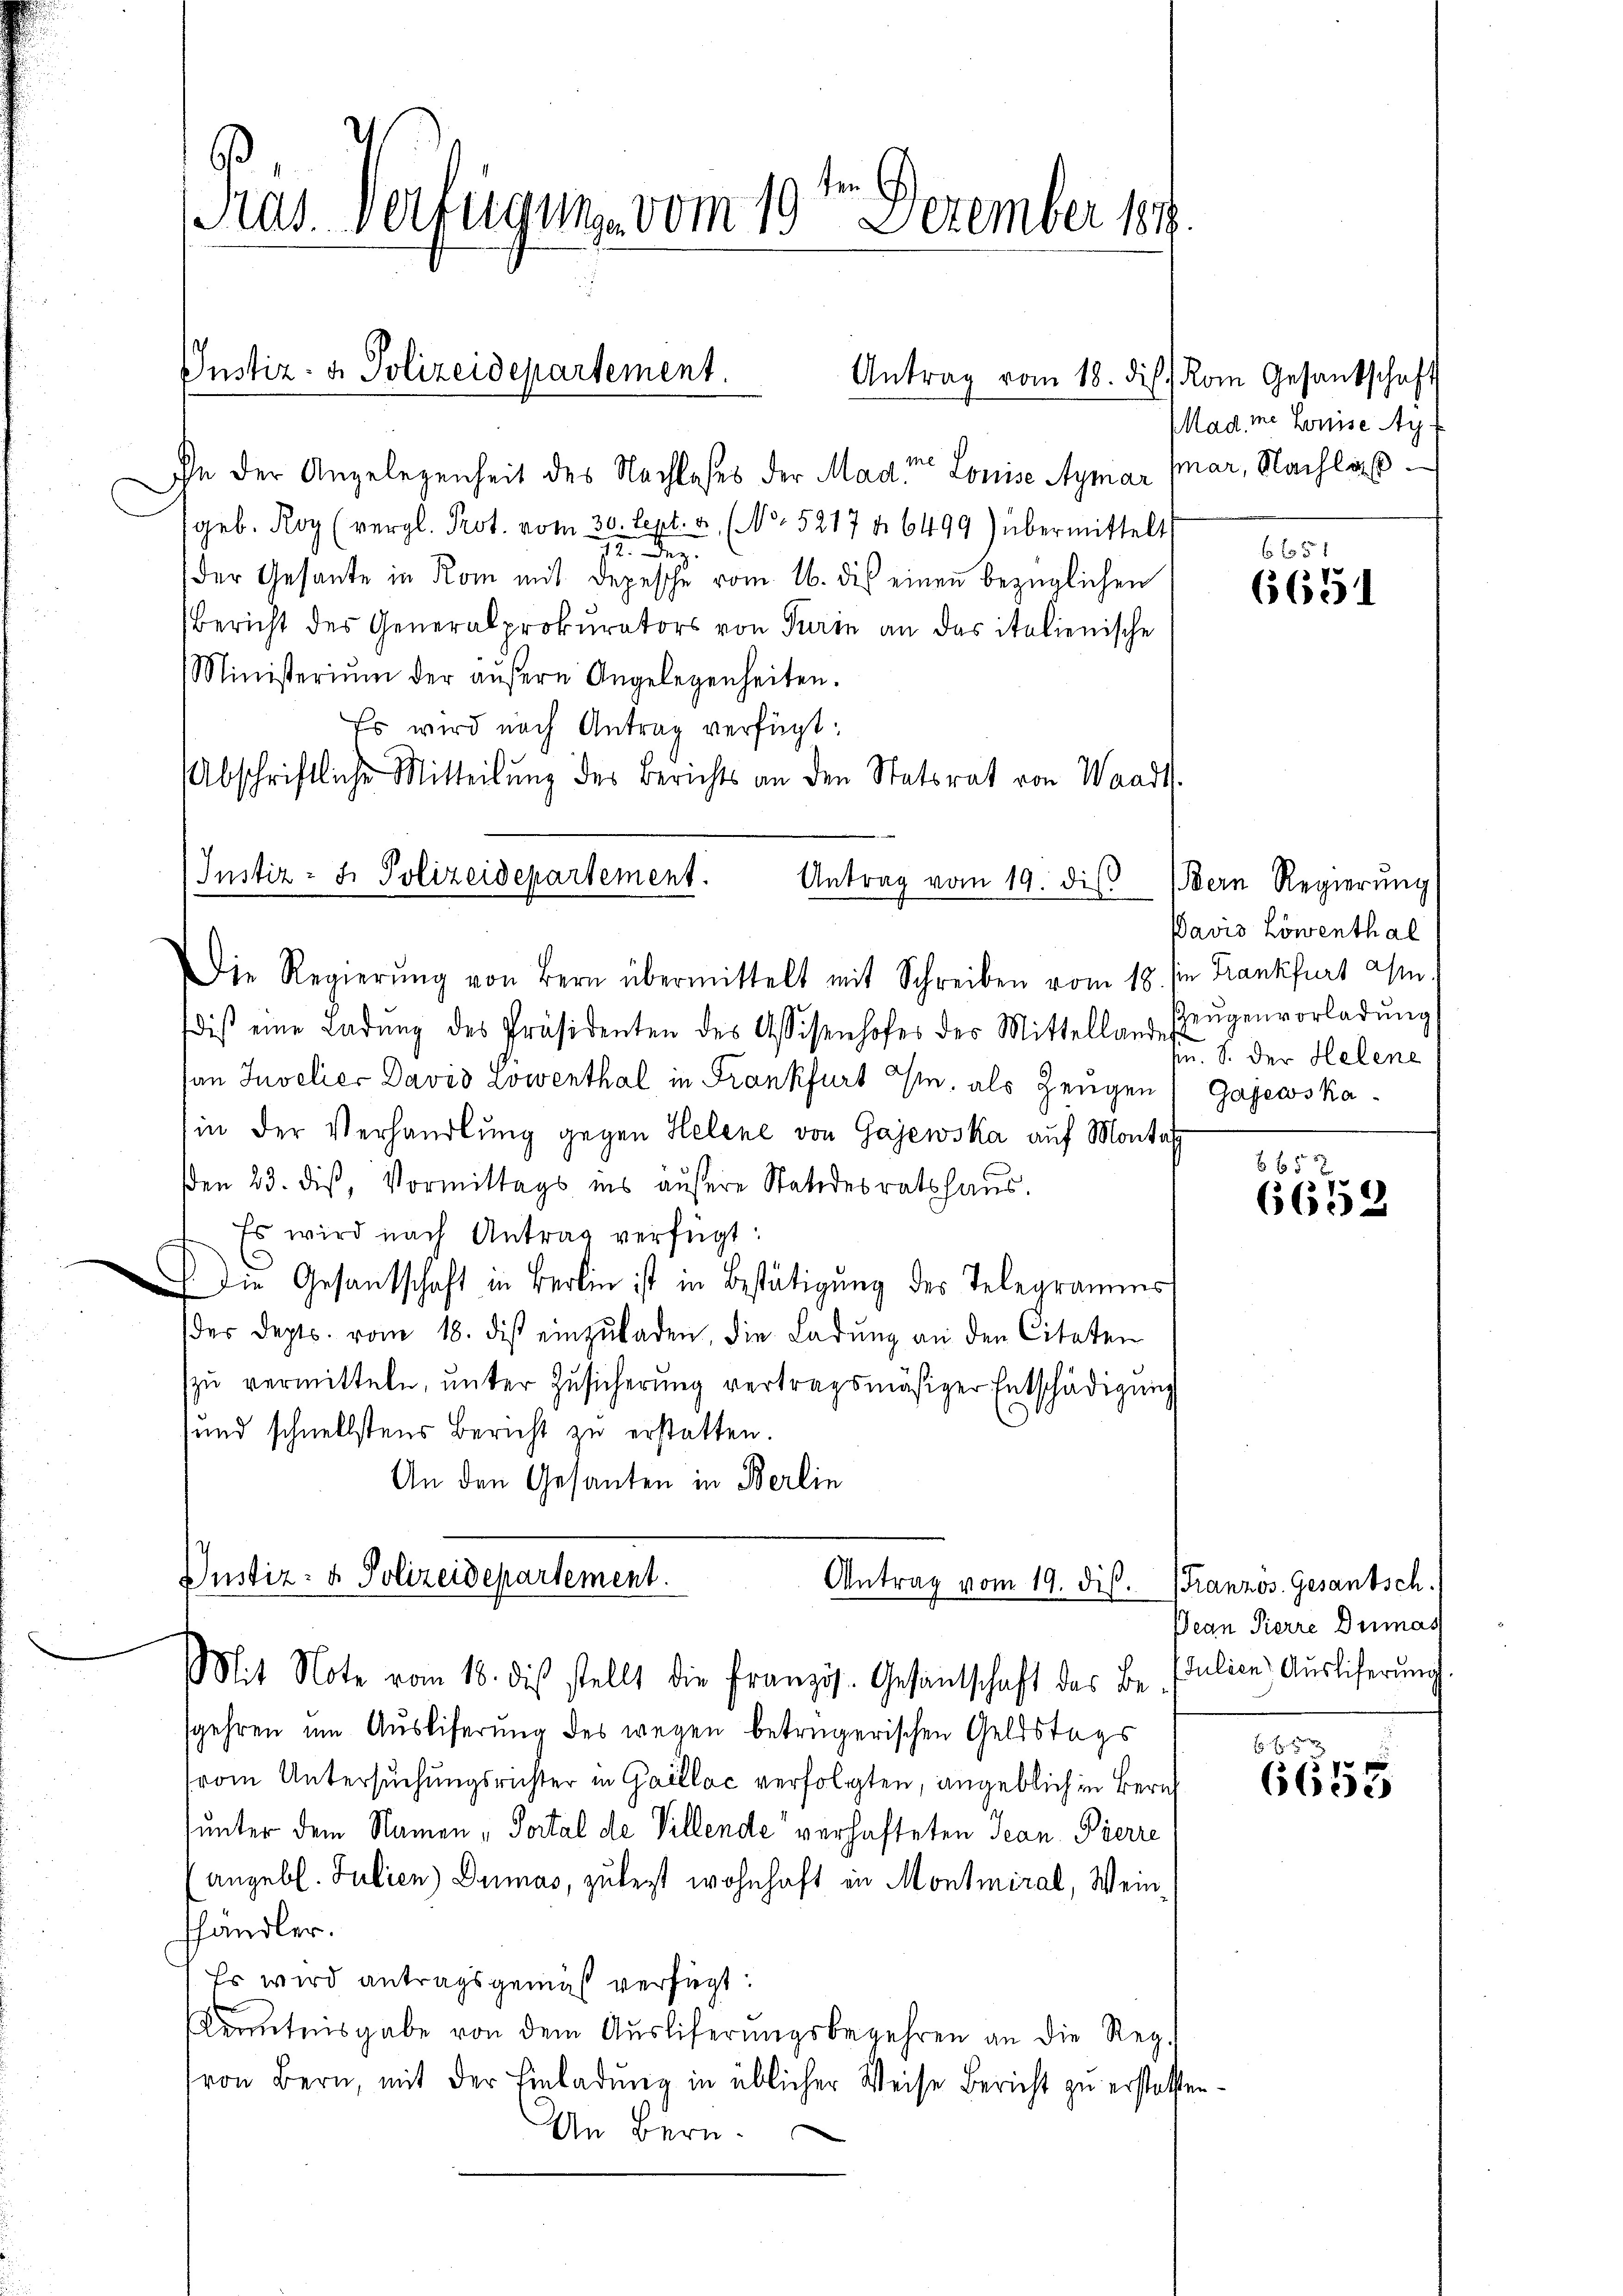
Ihn der Angelegenheit des Nachloses der Mad in Louise Aymar (nar, Nachlaß
geb. Roy (vergl. Prot. vom 30. Sept. a. (N. 5217 § 6499) übermittelt
2. Dez.
der Gesante in Rom mit Depesche vom 16. des einen bezüglichen
Bericht des Generalprokurators von Turin an das italienische
Ministerium der äŭβere Angelegenheiten.
Es wird nach Antrag verfügt:
Abschriftliche Mitteilung des Berichts an den Statsrat von Waadt.
Die Regierŭng von Bern übermittelt mit Schreiben vom 18. sie Frankfurt a/m.
diβ eine Ladŭng des Präsidenten des Assisenhofes des Mittelland Zeŭgenvorladŭng
san Invelier David Lowenthal in Frankfurt M. als Zeugen
in der Verhandlung gegen Helene von Gajewska auf Montal
en 23. diß, Vormittags ins äußere Statidesratshaus.
Es wird nach Antrag verfügt:
 Die Gesandtschaft in Berlin ist in Bestätigung des Telegramms
des depts. vom 18. dis einzŭladen, die Ladŭng an den Citaten
zŭ vermitteln, ŭnter Zŭsicherŭng vertragsmäsiger Entschädigŭng
sund schnellstens Bericht zu erstatten.
An den Gesanten in Berlin

Kas. Verfügung vom 19. Dezember 184

Justiz- & Polizeidepartement.
Antrag vom 18. die Rom Gesantschaft

Justiz- J. Polizeidepartement.

Antrag vom 19. die Bern Regierung

Justiz- & Polizeidepartement.
Antrag vom 19. dis.
Mit Note vom 18. dies stellt die Französ. Gesantschaft des Be- Pulice Auslieferung

sgehren um Ausliferung des wegen betrügerischen Geldstags
rom Untersuchungsrüster in Gaillac verfolgten, angeblich in Bern
unter dem Namen „Portal de Villende verhafteten Jean Pierre
(angebl. Julien) Dumas, zulezt wohnhaft in Montmiral, Weinshändler.
Es wird antragsgemäß verfügt:
Kenntnisgabe von dem Aŭsliferŭngsbegehren an die Reg.
von Bern, mit der Einladung in üblicher Weise Bericht zu erstatten
An Bern.
e

Mad ie Louise Auf

6 f 51
6651

Pavis Löwenthal
d 8. der Helene
Gajewska

6 f 5 x
6658

(Französ. Gesantsch.
Dean Pierre Dumas

6655